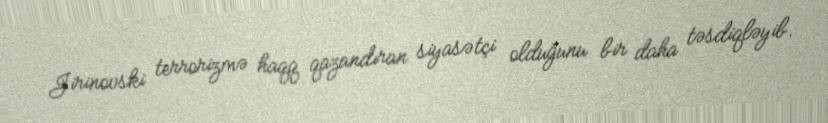
Jirinovski terrorizmə haqq qazandıran siyasətçi olduğunu bir daha təsdiqləyib.